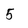
Character: 5